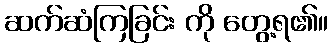
ဆက်ဆံကြခြင်း ကို တွေ့ရ၏။